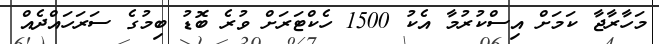
މަހާރާޖާ ކަމަށް އިސްކުރުމާ އެކު 1500 ހެކްޓަރަށް ވުރެ ބޮޑު ބިމުގެ ސަރަހައްދެއް